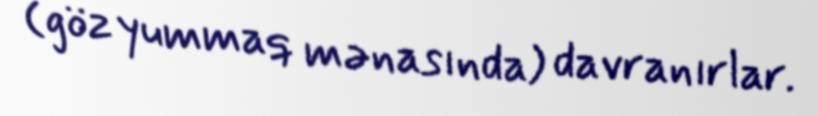
(göz yummaq mənasında) davranırlar.